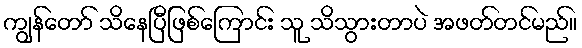
ကျွန်တော် သိနေပြီဖြစ်ကြောင်း သူ သိသွားတာပဲ အဖတ်တင်မည်။